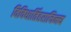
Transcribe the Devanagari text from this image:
विविधार्तिहराचिन्त्य